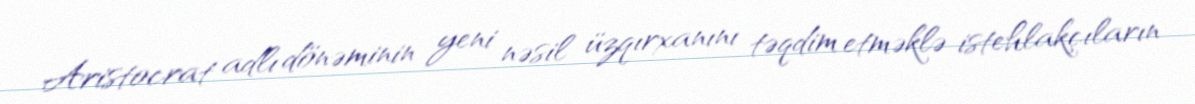
Aristocrat adlı dönəminin yeni nəsil üzqırxanını təqdim etməklə istehlakçıların